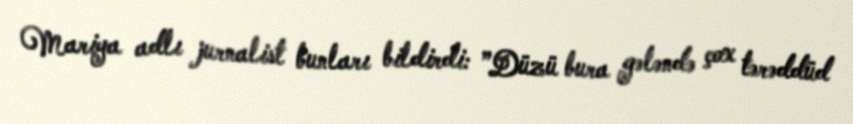
Mariya adlı jurnalist bunları bildirdi: ”Düzü bura gələndə çox tərəddüd